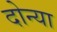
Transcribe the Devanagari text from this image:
दोन्या